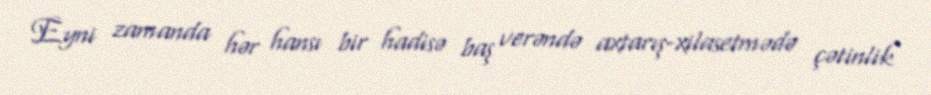
Eyni zamanda hər hansı bir hadisə baş verəndə axtarış-xilasetmədə çətinlik